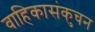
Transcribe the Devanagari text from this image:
वाहिकासंकुचन